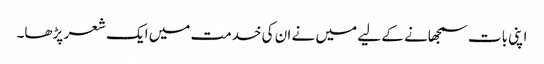
اپنی بات سمجھانے کے لیے میں نے ان کی خدمت میں ایک شعر پڑھا۔